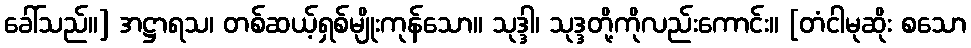
ခေါ်သည်။] အဋ္ဌာရသ၊ တစ်ဆယ့်ရှစ်မျိုးကုန်သော။ သုဒ္ဒါ၊ သုဒ္ဒတို့ကိုလည်းကောင်း။ [တံငါမုဆိုး စသော